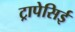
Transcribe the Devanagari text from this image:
ट्रापेसिई